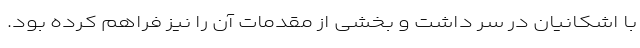
با اشکانیان در سر داشت و بخشی از مقدمات آن را نیز فراهم کرده بود.